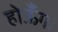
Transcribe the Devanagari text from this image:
होऊँगा